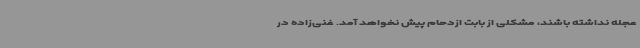
عجله نداشته باشند، مشکلی از بابت ازدحام پیش نخواهد آمد. غنی‌زاده در